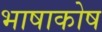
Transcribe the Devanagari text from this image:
भाषाकोष